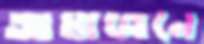
আমাজনে